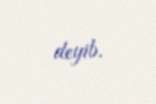
deyib.